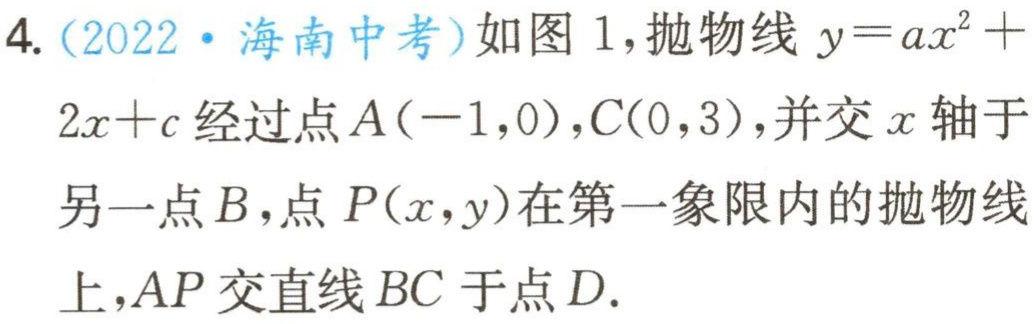
4.（2022·海南中考）如图 1,抛物线 \(y = ax^{2}+2x + c\) 经过点 \(A(-1,0)\),\(C(0,3)\),并交 \(x\) 轴于另一点 \(B\),点 \(P(x,y)\) 在第一象限内的抛物线上,\(AP\) 交直线 \(BC\) 于点 \(D\).